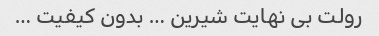
رولت بی نهایت شیرین … بدون کیفیت …